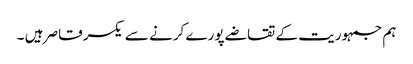
ہم جمہوریت کے تقاضے پورے کرنے سے یکسر قاصر ہیں ۔